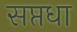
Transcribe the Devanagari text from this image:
सप्तधा